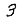
Digit: 3